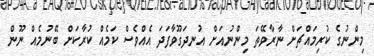
މިންނުގެ ކުރިމައްޗަށް ނާރާވޭތަ މިންނުއަށް އުނދަގޫވާފަދަ އެއްވެސް ކަމެެއް ކުރާކަށް ބޭނުމެއް ނޫން